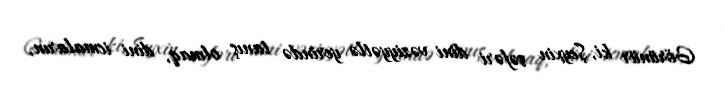
Görünür ki, Şeyxin səfəri dini vəziyyətlə yerində tanış olmaq, dini icmaların,